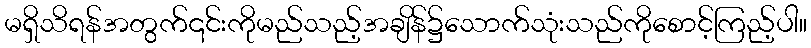
မရှိသိရန်အတွက်၎င်းကိုမည်သည့်အချိန်၌သောက်သုံးသည်ကိုစောင့်ကြည့်ပါ။